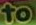
to